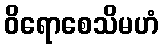
ဝိရောစေသိမဟံ